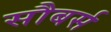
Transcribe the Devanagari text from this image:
सौबर्स